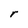
Character: r